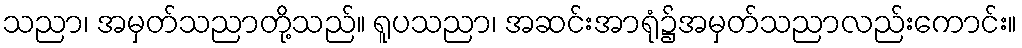
သညာ၊ အမှတ်သညာတို့သည်။ ရူပသညာ၊ အဆင်းအာရုံ၌အမှတ်သညာလည်းကောင်း။